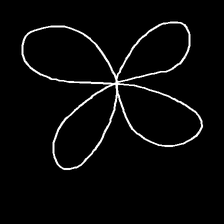
Glyph: billowing